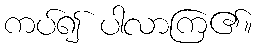
ကပ်၍ ပါလာကြ၏။